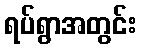
ရပ်ရွာအတွင်း